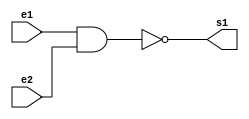
//----------------
//@autor: Rafael de Freitas Queiroz Matosinhos
//@Guia 02 - Exemplo 003
//@Matricula: 420139
//----------------

//----------------
//--- NAND GATE ---
//----------------

module nandgate (s1, e1, e2);
   output s1;
   input  e1, e2;
	assign s1 = ~(e1&e2);
endmodule

//----------------
//--- NOT TEST ---
//----------------

module testandgate;
reg e1;
wire sfinal;

nandgate nand1 (sfinal, e1, e1);



//--------------------------------------------
initial begin: start
 	e1 = 0;
end
//--------------------------------------------
//--------------------------------------------
initial begin: main
$display("Guia 02 - Exemplo 03");
      $display("NOT Gate");
		$monitor("~%b = %b", e1, sfinal);
		
		#1 e1 = 1;		
end
//--------------------------------------------	
endmodule

//---- TESTES -----
//-- Guia 02 - Exemplo 03
//-- NOT Gate
//-- ~0 = 1
//-- ~1 = 0